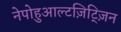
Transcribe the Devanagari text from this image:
नेपोहुआल्टज़िट्ज़िन